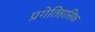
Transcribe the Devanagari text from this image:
प्रगेतिहासिक